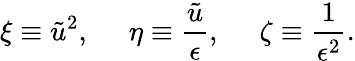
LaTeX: \xi\equiv\tilde{u}^{2},\: \: \: \: \: \: \eta\equiv\frac{\tilde{u}}{\epsilon},\: \: \: \: \: \: \zeta\equiv\frac{1}{\epsilon^{2}}.